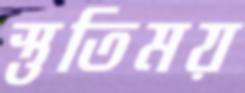
স্তুতিময়